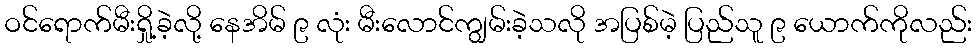
ဝင်ရောက်မီးရှို့ခဲ့လို့ နေအိမ် ၉ လုံး မီးလောင်ကျွမ်းခဲ့သလို အပြစ်မဲ့ ပြည်သူ ၉ ယောက်ကိုလည်း